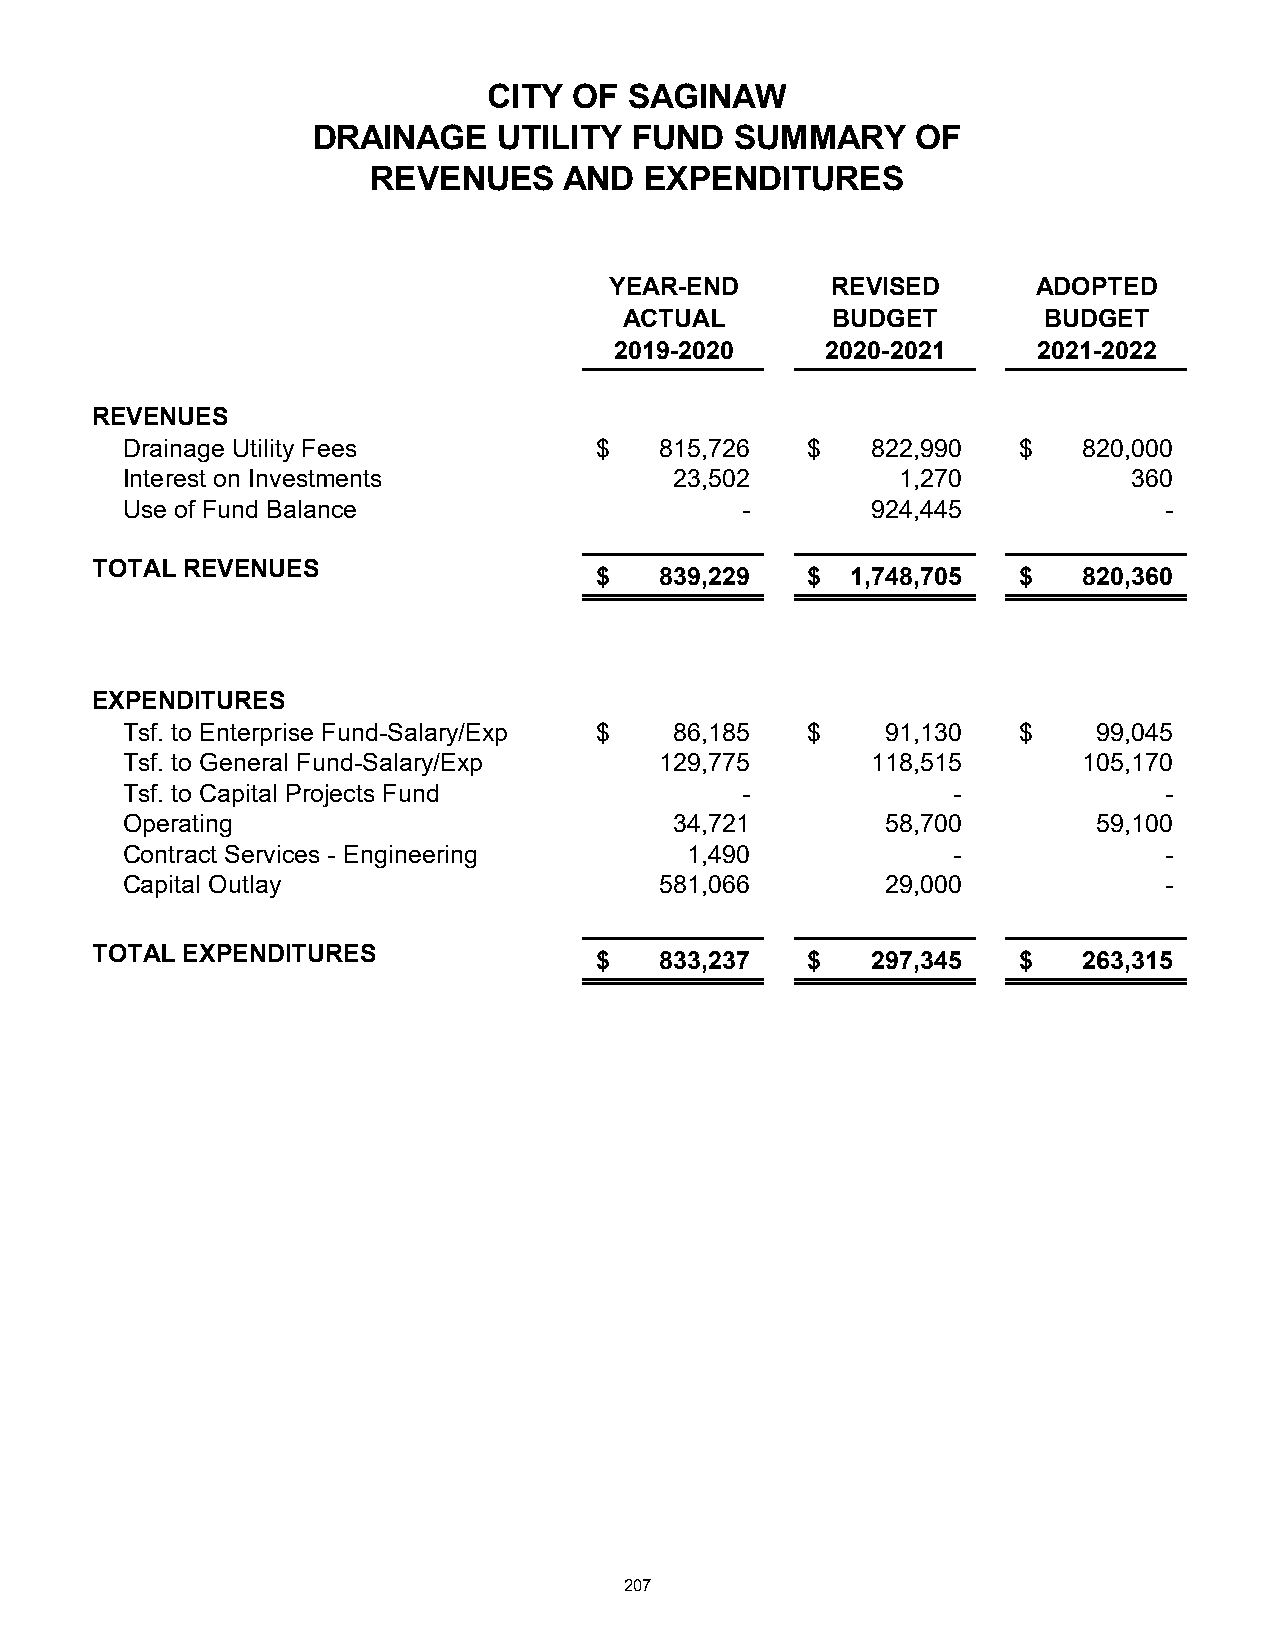
CITY  OF  SAGINAW
 DRAINAGE    UTILITY  FUND   SUMMARY     OF
 REVENUES    AND   EXPENDITURES
 YEAR-END       REVISED       ADOPTED
 ACTUAL        BUDGET        BUDGET
 2019-2020     2020-2021     2021-2022
 REVENUES
 Drainage Utility Fees          $    815,726  $    822,990  $    820,000
 Interest on Investments              23,502         1,270          360
 Use of Fund Balance                      -        924,445            -
 TOTAL REVENUES
 $    839,229  $  1,748,705  $    820,360
 EXPENDITURES
 Tsf. to Enterprise Fund-Salary/Exp $ 86,185  $     91,130  $     99,045
 Tsf. to General Fund-Salary/Exp     129,775       118,515       105,170
 Tsf. to Capital Projects Fund            -             -             -
 Operating                            34,721        58,700        59,100
 Contract Services - Engineering       1,490            -             -
 Capital Outlay                      581,066        29,000            -
 TOTAL EXPENDITURES
 $    833,237  $    297,345  $    263,315
 207